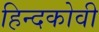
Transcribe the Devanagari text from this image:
हिन्दकोवी